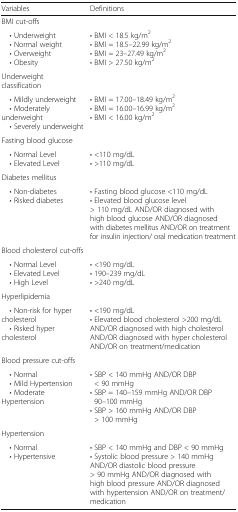
| Variables | Definitions |
 | --- | --- |
 | BMI cut-offs |  |
 | • Underweight • Normal weight • Overweight • Obesity | • BMI < 18.5 kg/m2• BMI = 18.5–22.99 kg/m2• BMI = 23–27.49 kg/m2• BMI > 27.50 kg/m2 |
 | Underweight classification |  |
 | • Mildly underweight • Moderately underweight • Severely underweight | • BMI = 17.00–18.49 kg/m2• BMI = 16.00–16.99 kg/m2• BMI < 16.00 kg/m2 |
 | Fasting blood glucose |  |
 | • Normal Level • Elevated Level | • <110 mg/dL• >110 mg/dL |
 | Diabetes mellitus |  |
 | • Non-diabetes • Risked diabetes | • Fasting blood glucose <110 mg/dL• Elevated blood glucose level > 110 mg/dL AND/OR diagnosed with high blood glucose AND/OR diagnosed with diabetes mellitus AND/OR on treatment for insulin injection/ oral medication treatment |
 | Blood cholesterol cut-offs |  |
 | • Normal Level • Elevated Level • High Level | • <190 mg/dL• 190–239 mg/dL• >240 mg/dL |
 | Hyperlipidemia |  |
 | • Non-risk for hyper cholesterol • Risked hyper cholesterol | • <190 mg/dL• Elevated blood cholesterol >200 mg/dL AND/OR diagnosed with high cholesterol AND/OR diagnosed with hyper cholesterol AND/OR on treatment/medication |
 | Blood pressure cut-offs |  |
 | • Normal • Mild Hypertension • Moderate Hypertension | • SBP < 140 mmHg AND/OR DBP < 90 mmHg• SBP = 140–159 mmHg AND/OR DBP 90–100 mmHg• SBP > 160 mmHg AND/OR DBP > 100 mmHg |
 | Hypertension |  |
 | • Normal • Hypertensive | • SBP < 140 mmHg and DBP < 90 mmHg• Systolic blood pressure > 140 mmHg AND/OR diastolic blood pressure > 90 mmHg AND/OR diagnosed with high blood pressure AND/OR diagnosed with hypertension AND/OR on treatment/medication |